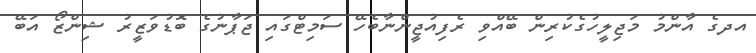
އދގެ އާންމު މަޖިލީހުގެކުރިން ބޭއްވި ރެފިއުޖީންނާބެހޭ ސަމިޓްގައި ޖަޕާނުގެ ބޮޑުވަޒީރު ޝިންޒޯ އަބޭ